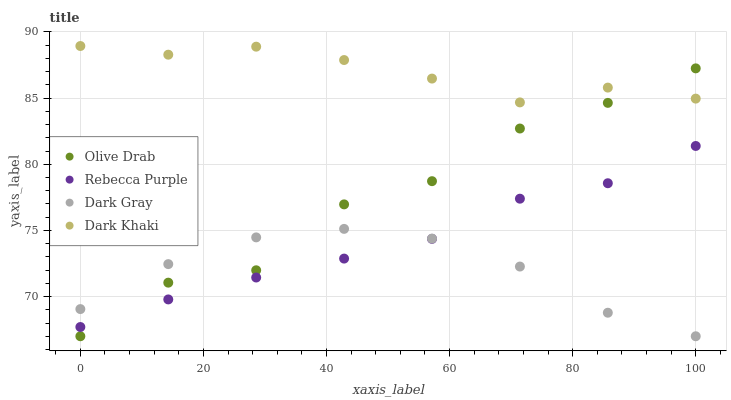
| xaxis_label | Olive Drab | Rebecca Purple | Dark Gray | Dark Khaki |
 | --- | --- | --- | --- | --- |
 | 0 | 67 | 67.7 | 69.1 | 88.9 |
 | 14.3 | 71.1 | 69.8 | 72.5 | 88.3 |
 | 28.6 | 72 | 71.4 | 74.5 | 88.9 |
 | 42.9 | 77 | 72.9 | 75.1 | 87.9 |
 | 57.1 | 78.7 | 74.4 | 74.4 | 86.5 |
 | 71.4 | 82.7 | 77.4 | 72.3 | 84.7 |
 | 85.7 | 84.6 | 78.6 | 68.8 | 85.8 |
 | 100 | 87.2 | 81.4 | 67 | 85 |